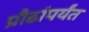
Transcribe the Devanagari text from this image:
प्रौढांपर्यंत